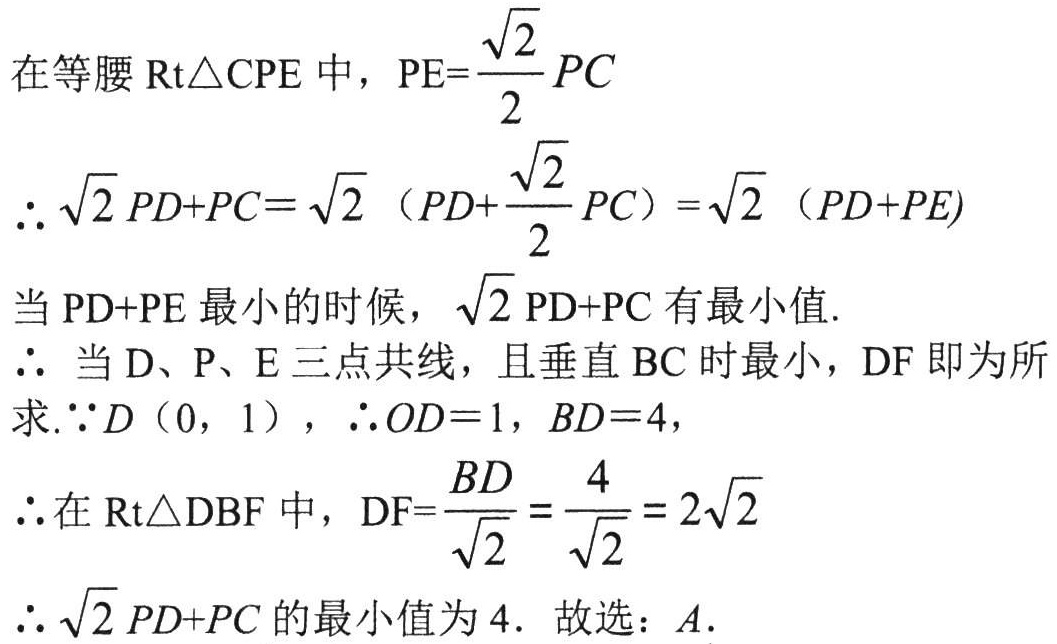
在等腰\(\text{Rt}\triangle CPE\)中，\(PE = \frac{\sqrt{2}}{2}PC\)
\(\therefore\sqrt{2}PD + PC=\sqrt{2}\left(PD + \frac{\sqrt{2}}{2}PC\right)=\sqrt{2}(PD + PE)\)
当\(PD + PE\)最小的时候，\(\sqrt{2}PD + PC\)有最小值.
\(\therefore\) 当\(D\)、\(P\)、\(E\)三点共线，且垂直\(BC\)时最小，\(DF\)即为所
求.\(\because D(0,1)\)，\(\therefore OD = 1\)，\(BD = 4\)，
\(\therefore\)在\(\text{Rt}\triangle DBF\)中，\(DF=\frac{BD}{\sqrt{2}}=\frac{4}{\sqrt{2}} = 2\sqrt{2}\)
\(\therefore\sqrt{2}PD + PC\)的最小值为\(4\). 故选：\(A\).